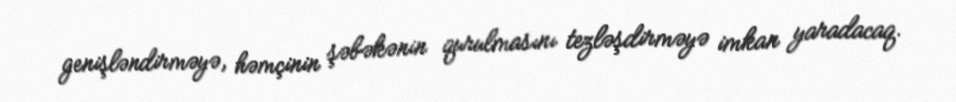
genişləndirməyə, həmçinin şəbəkənin qurulmasını tezləşdirməyə imkan yaradacaq.